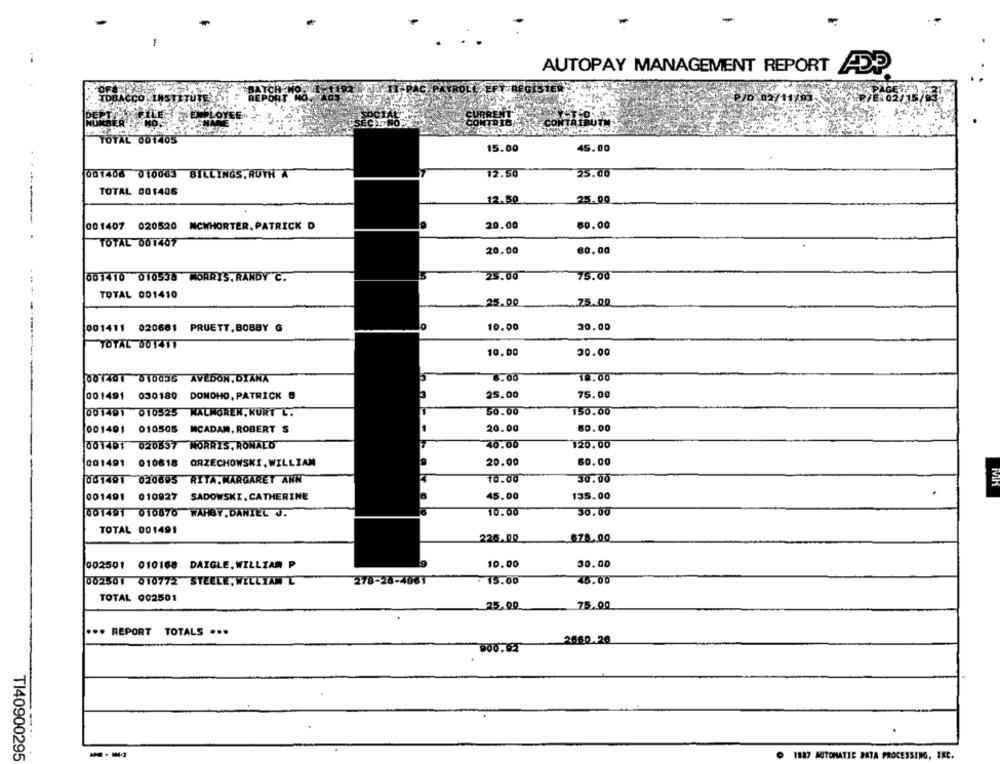
-
-
AUTOPAY MANAGEMENT REPORT ADP
2102/1
TOTAL 001405
15.00
45.00
001408 010063 BILLINGS. RUTH A
12.50
25.00
. . ....
TOTAL 001406
25.00
12.50
001407 020520 MCWHORTER. PATRICK D
20.00
60.00
----- .
TOTAL 001407
20.00
60.00
25.00
75.00
001410 010538 MORRIS, RANDY C.
TOTAL 001410
25.00
75.0.0
001411 020661 PRUETT,BOBBY G
10.00
30.00
TOTAL 001411
10.00
30.00
001401 010035 AVEDON,DIANA
8.00
18.00
001491 030180 DONOHO, PATRICK
25.00
75.00
00140) 010525 WALMOREN. KURT C.
50.00
150.00
20.00
60.00
001491 010505 MCADAM. ROBERT S
001401 020557 MORRIS, RONALD
40.00
120.00
001491 010618 ORZECHOWSKI.WILLIAM
20.00
60.00
001491 020695 RITA. MARGARET ANN
10.00
30.00
001491 010927 SADOWSKI, CATHERINE
45.00
135.00
001491 010870 WARBY.DANIEL J.
10.00
30.00
TOTAL 001491
226.00
678,00
002501 010168 DAIGLE. WILLIAM P
10.00
30.00
002501 010772 STEELE, WILLIAM L
278-26-4081
. 15.00
45.00
TOTAL 002501
75.00
25.00
... REPORT TOTALS ...
2560.26
900.62
1817 AUTOMATIC DATA PROCESSING, IRC.
TI40900295